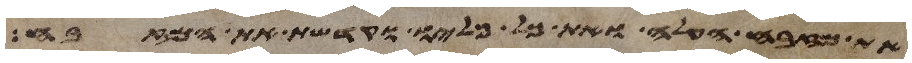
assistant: את מזבח העלה ואת כל כליו וקדשת את המזבח